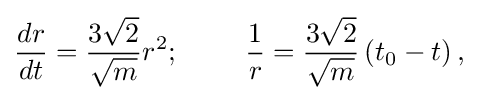
{\frac {dr}{dt}}={\frac {3{\sqrt {2}}}{\sqrt {m}}}r^{2};\ \ \ \ \ \ \ {\frac {1}{r}}={\frac {3{\sqrt {2}}}{\sqrt {m}}}\left(t_{0}-t\right),\ \